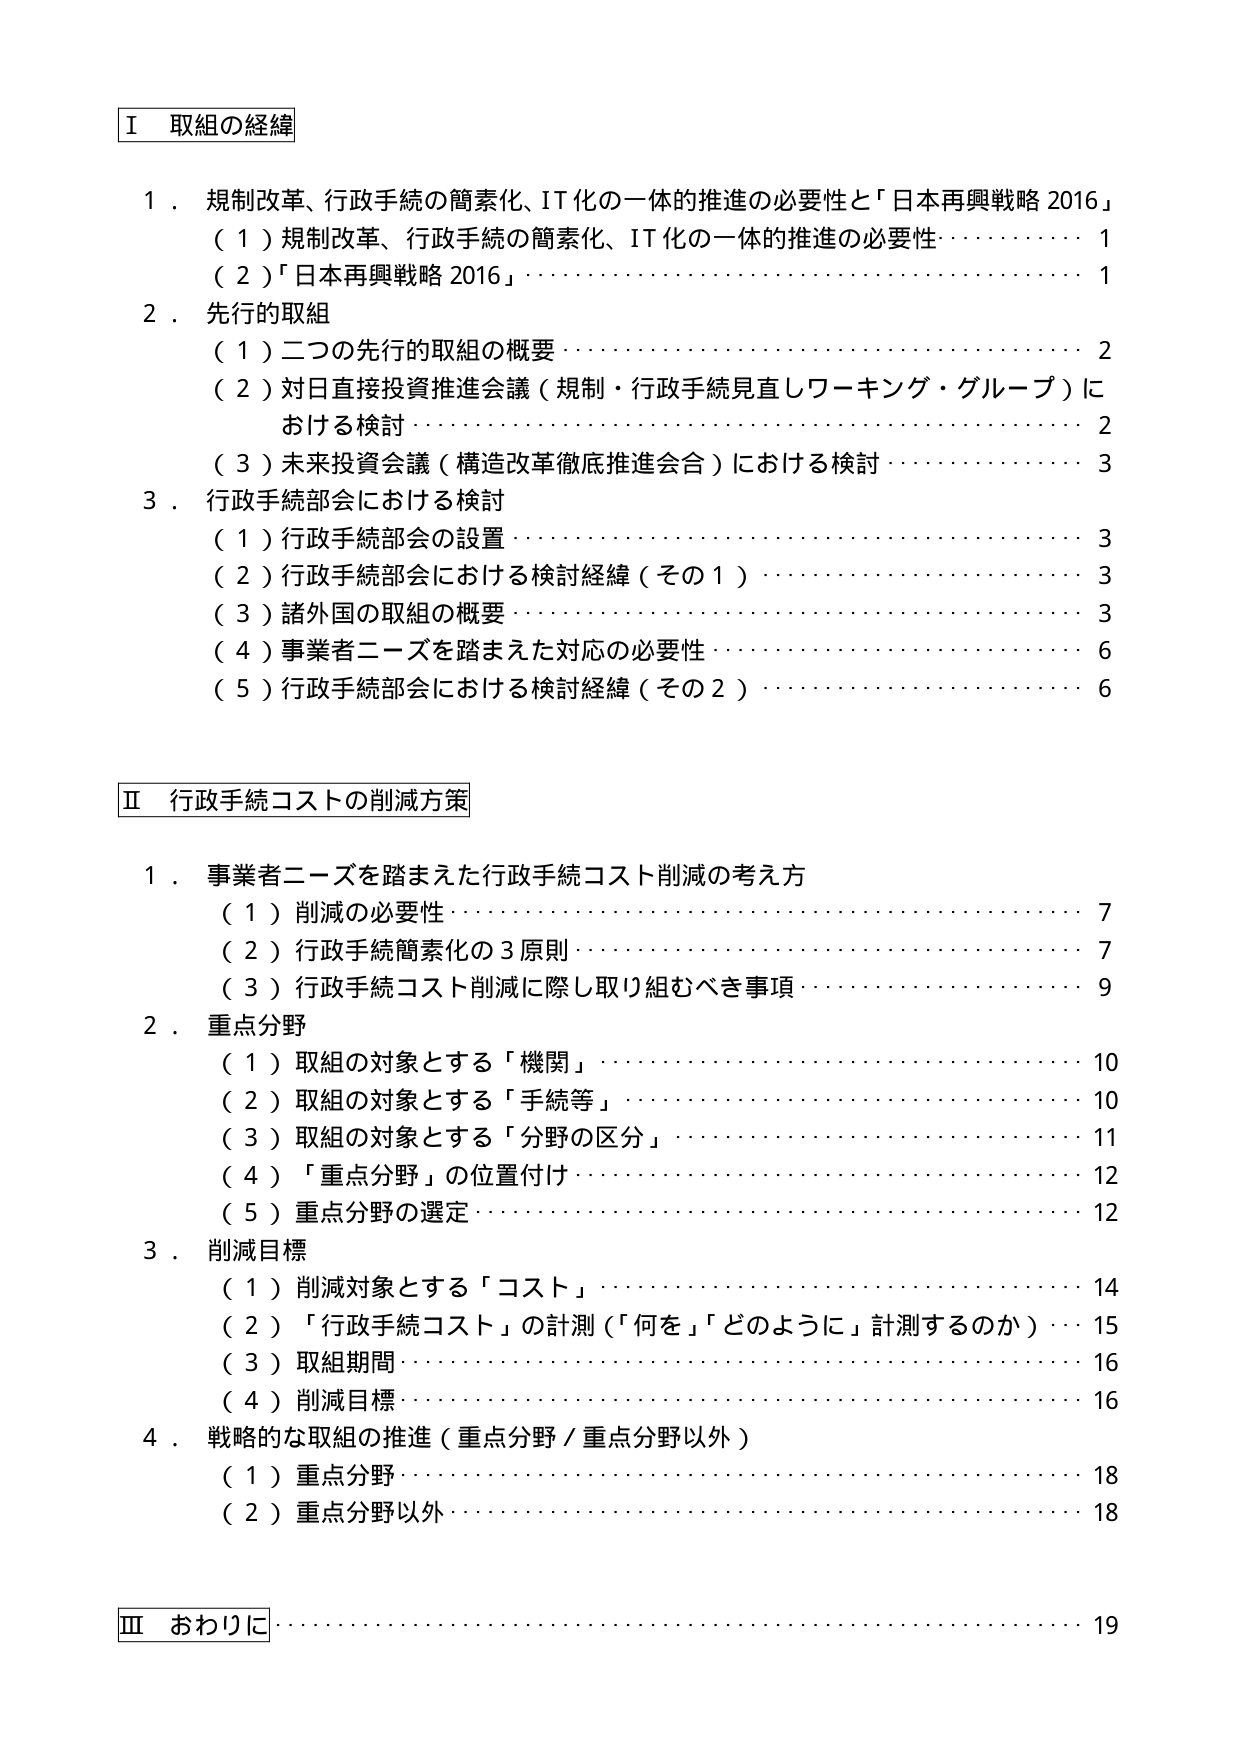
Ⅰ 取組の経緯

１．規制改革、行政手続の簡素化、IT化の一体的推進の必要性と「日本再興戦略 2016」
　（１）規制改革、行政手続の簡素化、IT化の一体的推進の必要性・・・・・・・・・・１
　（２）「日本再興戦略 2016」・・・・・・・・・・・・・・・・・・・・・・・・・・・・・・・・・・１

２．先行的取組
　（１）二つの先行的取組の概要・・・・・・・・・・・・・・・・・・・・・・・・・・・・・・・・・・２
　（２）対日直接投資推進会議（規制・行政手続見直しワーキング・グループ）に
　　　おける検討・・・・・・・・・・・・・・・・・・・・・・・・・・・・・・・・・・・・・・・・・・・・・・２
　（３）未来投資会議（構造改革徹底推進会合）における検討・・・・・・・・・・・・・・３

３．行政手続部会における検討
　（１）行政手続部会の設置・・・・・・・・・・・・・・・・・・・・・・・・・・・・・・・・・・・・・・３
　（２）行政手続部会における検討経緯（その１）・・・・・・・・・・・・・・・・・・・・・・３
　（３）諸外国の取組の概要・・・・・・・・・・・・・・・・・・・・・・・・・・・・・・・・・・・・・・３
　（４）事業者ニーズを踏まえた対応の必要性・・・・・・・・・・・・・・・・・・・・・・・・・・６
　（５）行政手続部会における検討経緯（その２）・・・・・・・・・・・・・・・・・・・・・・６

Ⅱ 行政手続コストの削減方策

１．事業者ニーズを踏まえた行政手続コスト削減の考え方
　（１）削減の必要性・・・・・・・・・・・・・・・・・・・・・・・・・・・・・・・・・・・・・・・・・・７
　（２）行政手続簡素化の３原則・・・・・・・・・・・・・・・・・・・・・・・・・・・・・・・・・・７
　（３）行政手続コスト削減に際し取り組むべき事項・・・・・・・・・・・・・・・・・・９

２．重点分野
　（１）取組の対象とする「機関」・・・・・・・・・・・・・・・・・・・・・・・・・・・・・・１０
　（２）取組の対象とする「手続等」・・・・・・・・・・・・・・・・・・・・・・・・・・・・１０
　（３）取組の対象とする「分野の区分」・・・・・・・・・・・・・・・・・・・・・・・・１１
　（４）「重点分野」の位置付け・・・・・・・・・・・・・・・・・・・・・・・・・・・・・・・・１２
　（５）重点分野の選定・・・・・・・・・・・・・・・・・・・・・・・・・・・・・・・・・・・・・・１２

３．削減目標
　（１）削減対象とする「コスト」・・・・・・・・・・・・・・・・・・・・・・・・・・・・・・１４
　（２）「行政手続コスト」の計測（「何を」「どのように」計測するのか）・・１５
　（３）取組期間・・・・・・・・・・・・・・・・・・・・・・・・・・・・・・・・・・・・・・・・・・１６
　（４）削減目標・・・・・・・・・・・・・・・・・・・・・・・・・・・・・・・・・・・・・・・・・・１６

４．戦略的な取組の推進（重点分野／重点分野以外）
　（１）重点分野・・・・・・・・・・・・・・・・・・・・・・・・・・・・・・・・・・・・・・・・・・１８
　（２）重点分野以外・・・・・・・・・・・・・・・・・・・・・・・・・・・・・・・・・・・・・・１８

Ⅲ おわりに・・・・・・・・・・・・・・・・・・・・・・・・・・・・・・・・・・・・・・・・・・・・・・・・・・・・１９